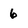
Character: 6